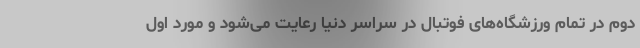
دوم در تمام ورزشگاه‌های فوتبال در سراسر دنیا رعایت می‌شود و مورد اول